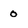
Character: o